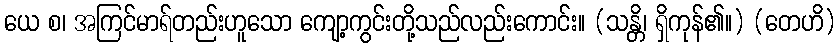
ယေ စ၊ အကြင်မာရ်တည်းဟူသော ကျော့ကွင်းတို့သည်လည်းကောင်း။ (သန္တိ၊ ရှိကုန်၏။) (တေဟိ)